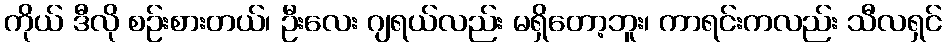
ကိုယ် ဒီလို စဉ်းစားတယ်၊ ဦးလေး ဂျရယ်လည်း မရှိတော့ဘူး၊ ကာရင်းကလည်း သီလရှင်